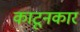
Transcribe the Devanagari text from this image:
काटूनकार